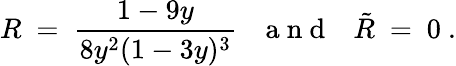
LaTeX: R\ =\ \frac{1-9y}{8y^{2}(1-3y)^{3}}{~~~\mathrm{~a~n~d~}~~~}\tilde{R}\ =\ 0~.